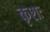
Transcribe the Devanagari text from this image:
कृशः